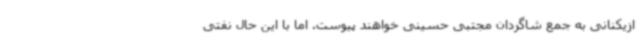
ازیکنانی به جمع شاگردان مجتبی حسینی خواهند پیوست. اما با این حال نفتی